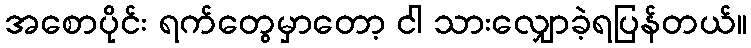
အစောပိုင်း ရက်တွေမှာတော့ ငါ သားလျှောခဲ့ရပြန်တယ်။